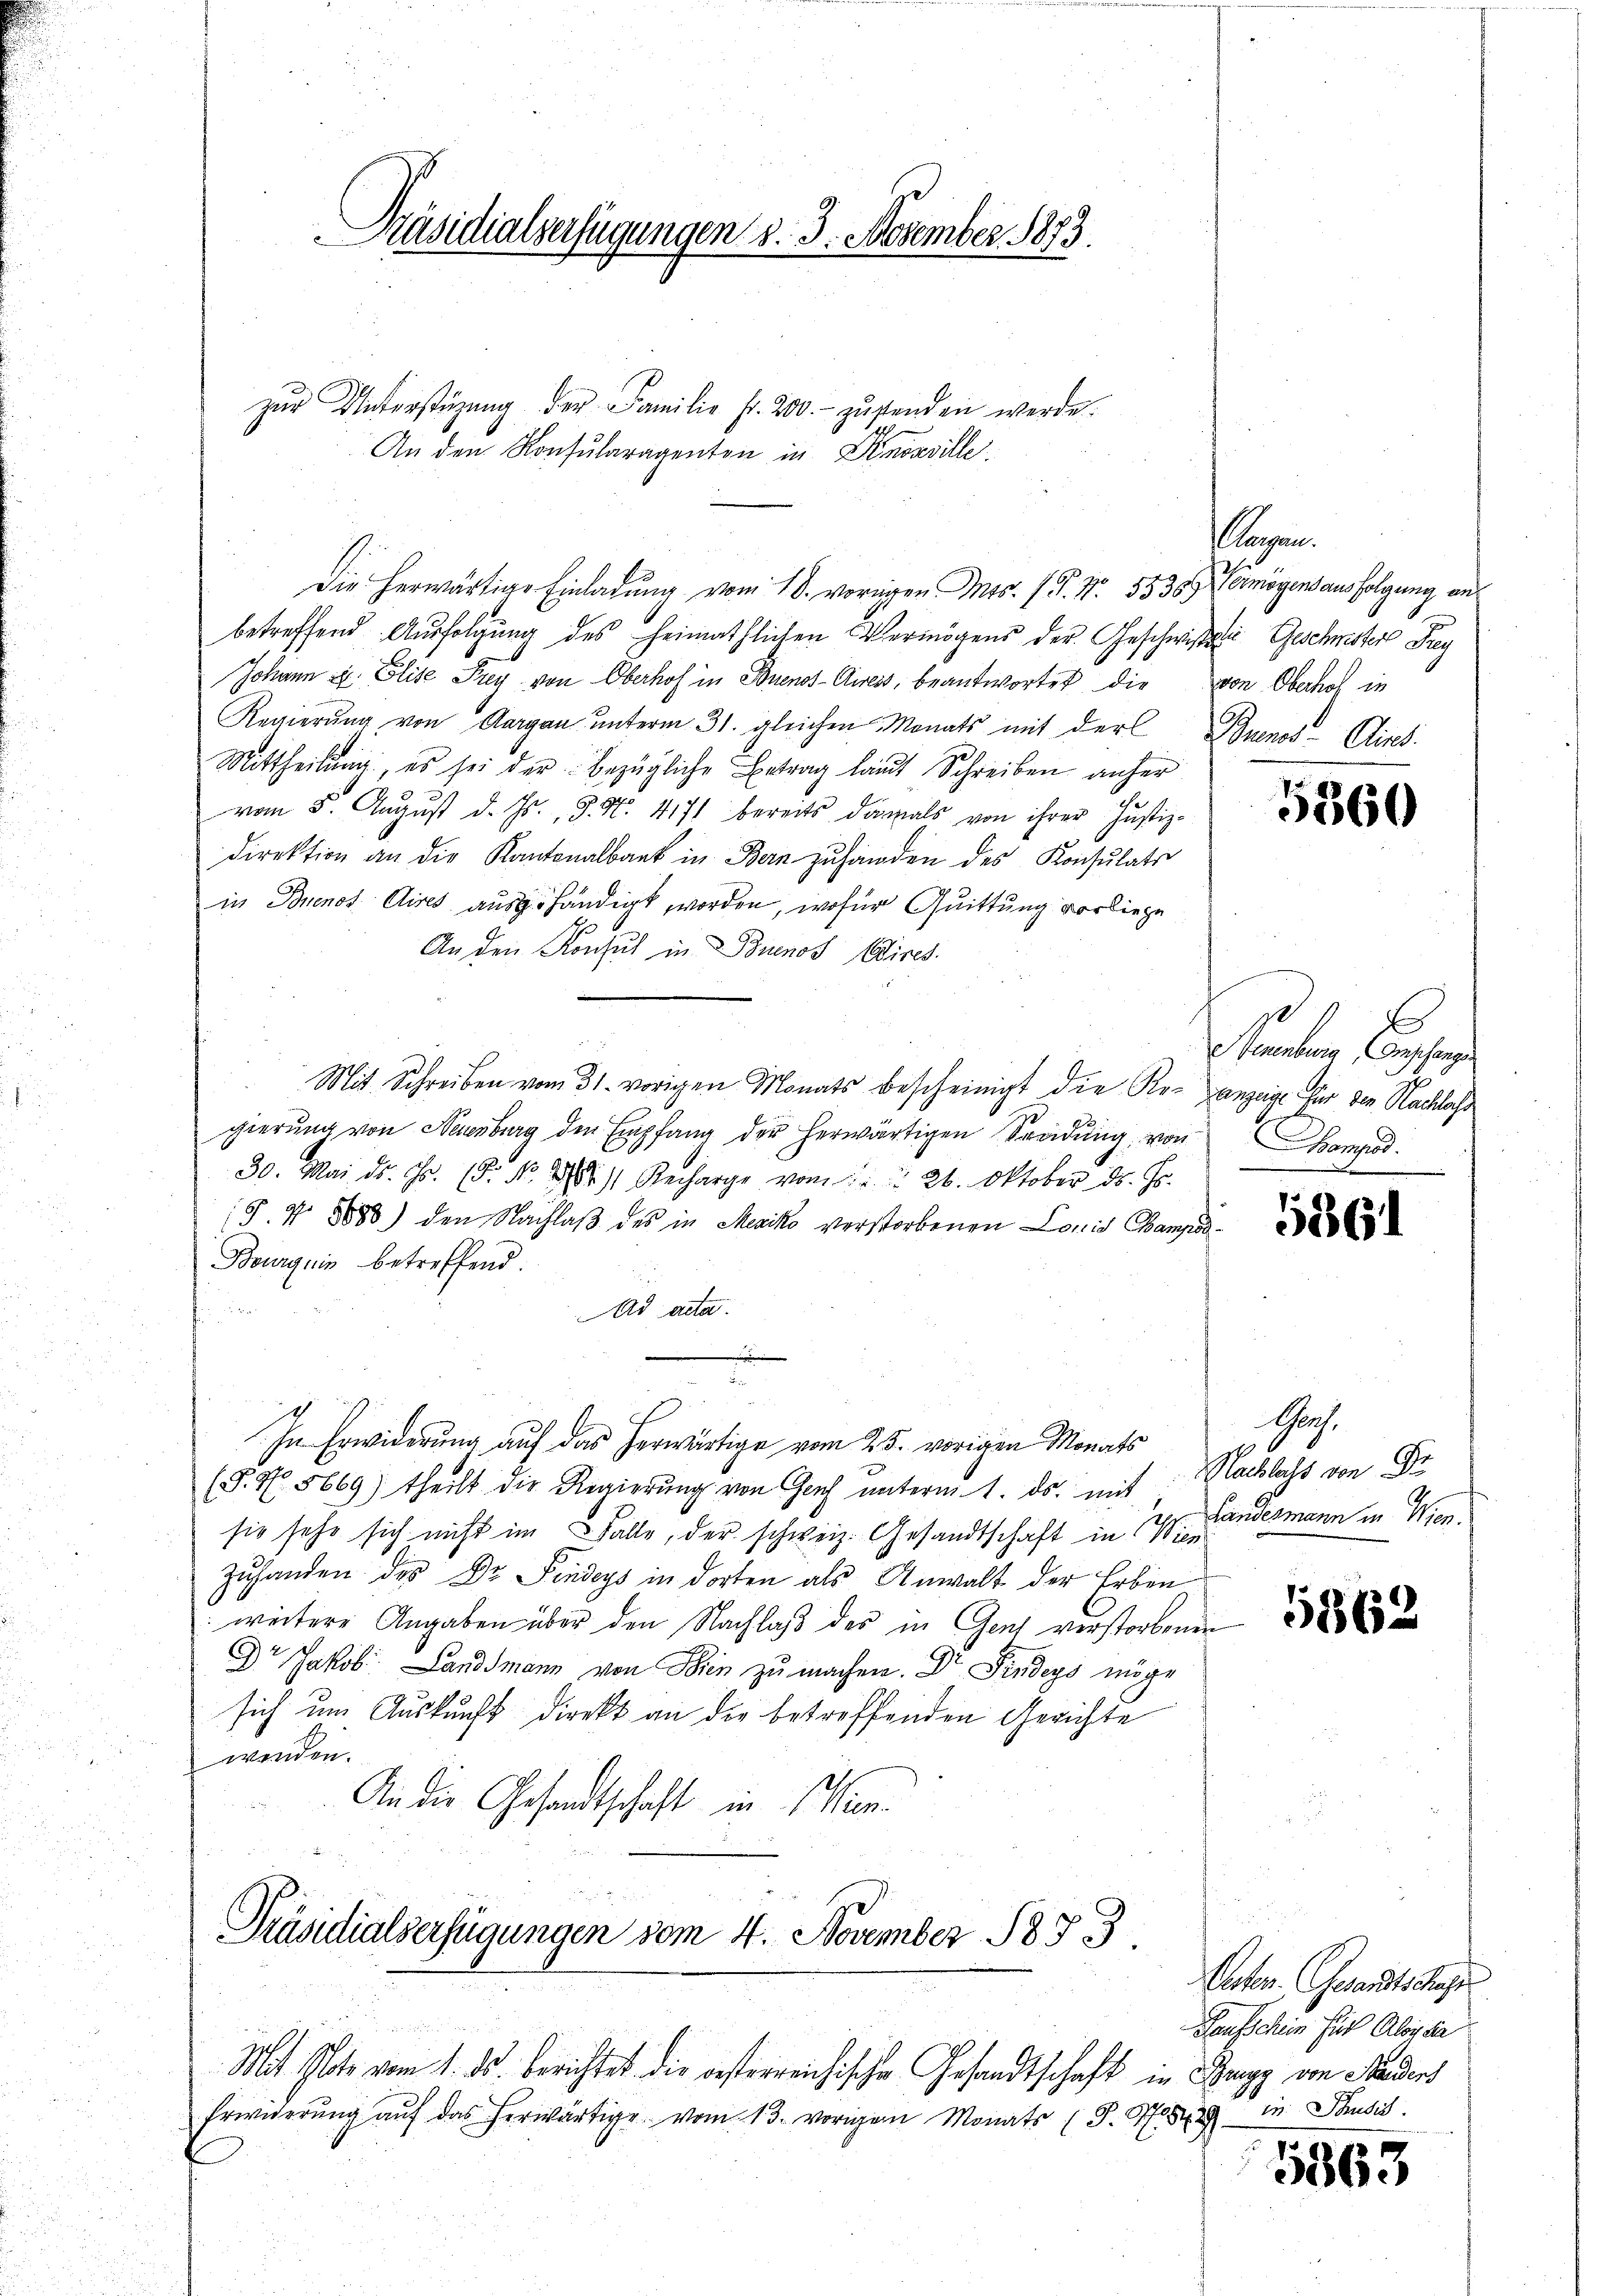
Präsidialverfügungen d. 3. November 1873.

zŭr Unterstüzung der Familie fr. 200.- zŭstanden werde.
An den Konsularagenten in Anorville

betreffend Ausfolgung des heimathlichen Vermögens der Geschwiste Geschwister Frey
Johann u. Elise Frey von Oberhof in Buenos-Ayres, beantwortet die von Oberhof in
Regierŭng von Aargau ŭnterm 31. gleichen Monats mit der Buenos-Cliret
Mittheilung, es sei der bezügliche Betrag laut Schreiben anher
vom 5. Aŭgŭst d. Js., S. Nr. 4171 bereits damals von ihrer Justiz-
direktion an die Kantonalbank in Bern zŭ handen des Konsulats
in Buenos Aires ausgehändigt, worden, wofür Quittung vorliege
An den Konsul in Buenos Aires.
Mit Schreiben vom 31. vorigen Monats bescheinigt die Re-anzeige für den Nachlass
gierung von Neuenburg den Empfang der herwärtigen Sendung von Kampod.
30. Mai d. Js. (T. No. 294. 11. Recharge vom 1. 26. Oktober ds. Hr.
18. No 8888) den Nachlaß des in Mexiko verstorbenen Louis Campös¬
Bourgnis betreffend.
Ad acta.
f

In Erwiderung auf das herwärtige vom 25. vorigen Monats
(S. 4. 5669) theilt die Regierung von Genf unterm 1. ds. mit
sie sehr sich nicht im Falle, der schweiz. Gesandtschaft in Wien
Zuhanden des Dr. Findeys in dorten als Anwalt der Erben
weitere Angaben über den Nachlaß des in Genf verstorbenen
Dr Jakob Landsmann von Seien zŭ machen. Dr Findeys möge
sich um Auskunft direkt an die betreffenden Gerichte
wenden.
An die Gesandtschaft in Win¬

Die herwärtige Einladung vom 18. vorigen Mts. f. P. Nr. 5538. Vermögensausfolgung an

Präsidialserfügungen vom 4. November 1873
Mit Platz vom 1. ds. berichtet die oesterreichische Gesandtschaft in Brugg von Fadens

agen.

Erwiderŭng aŭf das herwärtige vom 13. vorigem Monats (S. 1849 in Thusis

5360

E
euenburg Anschangen

5861

Sus.
Nachlacht von Sr.
Landesmann in Wien.

5362

Verten. Gesandts dahe
Gausschein für Alog die

5863